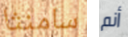
سامنثا أنم